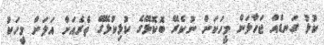
ކުޅު ގަނޑެއް ޖަހާލަން މީހަކަށް ނުކެރޭ ބޮކޮޅޭގެ ކުޅިކުޅޭގޭ ތެރެއަށް އަލަށް މީހަކު